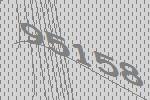
95158